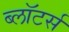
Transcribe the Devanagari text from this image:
ब्लॉटर्स